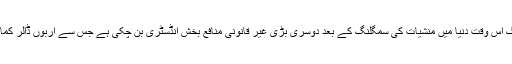
انسانی سمگلنگ اس وقت دنیا میں منشیات کی سمگلنگ کے بعد دوسری بڑی غیر قانونی منافع بخش انڈسٹری بن چکی ہے جس سے اربوں ڈالر کمائے جاتے ہیں۔